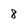
Character: 8